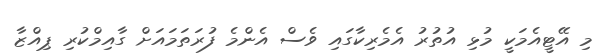
މި އޭޓީއެމަކީ މުޅި އުތުރު އެމެރިކާގައި ވެސް އެންމެ ފުރަތަމައަށް ގާއިމްކުރި ޕިއްޒާ